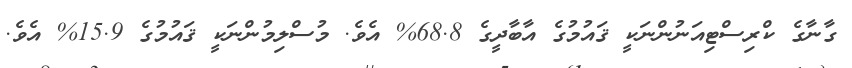
ގާނާގެ ކްރިސްޓިއަނުންނަކީ ޤައުމުގެ އާބާދީގެ 68.8% އެވެ. މުސްލިމުންނަކީ ޤައުމުގެ 15.9% އެވެ.